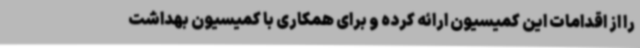
را از اقدامات این کمیسیون ارائه کرده و برای همکاری با کمیسیون بهداشت